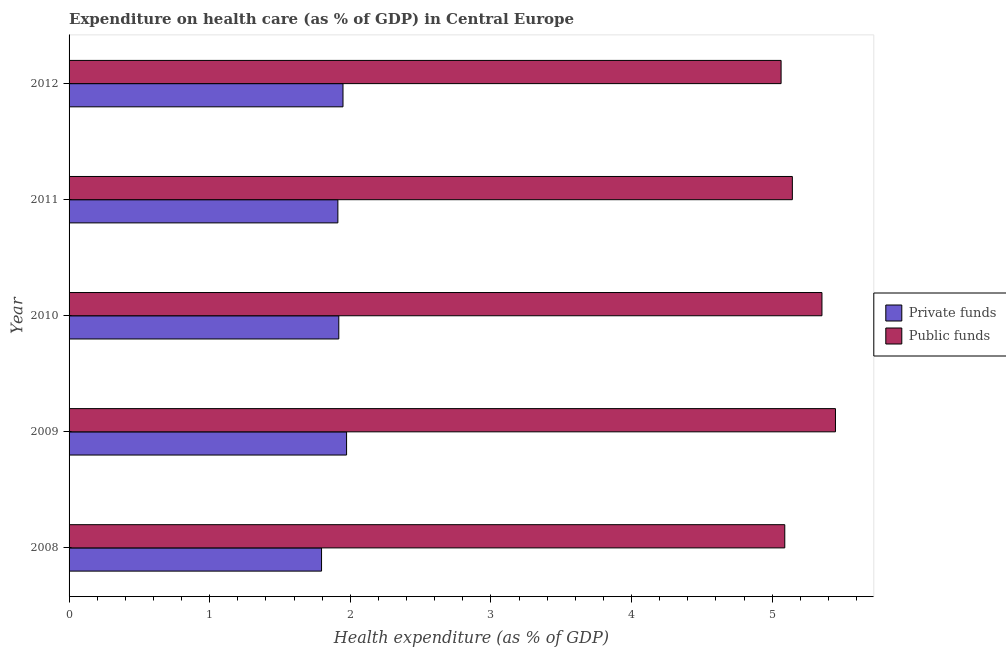
| Year | Private funds | Public funds |
 | --- | --- | --- |
 | 2008 | 1.8 | 5.09 |
 | 2009 | 1.97 | 5.45 |
 | 2010 | 1.92 | 5.35 |
 | 2011 | 1.91 | 5.14 |
 | 2012 | 1.95 | 5.06 |